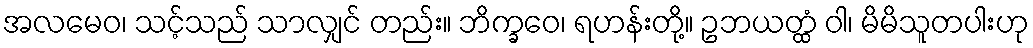
အလမေဝ၊ သင့်သည် သာလျှင် တည်း။ ဘိက္ခဝေ၊ ရဟန်းတို့။ ဥဘယတ္ထံ ဝါ၊ မိမိသူတပါးဟု